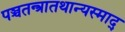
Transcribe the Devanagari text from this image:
पञ्चतन्त्रातथान्यस्माद्